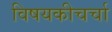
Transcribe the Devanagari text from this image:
विषयकीचर्चा